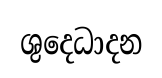
ශුදෙධාදන